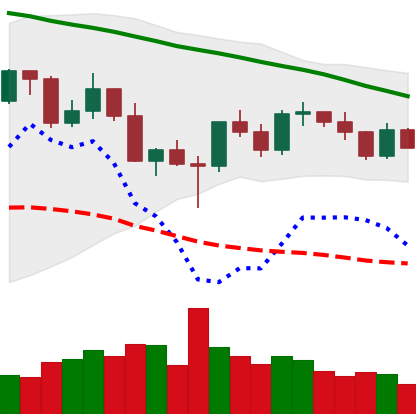
Ticker: XRP-USD
Chart end date: 2022-03-06
Forward return: 10.491%
Label: up_7plus